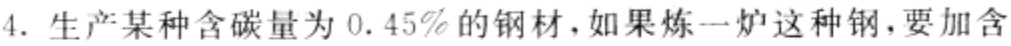
4. 生产某种含碳量为 \(0.45\%\) 的钢材，如果炼一炉这种钢，要加含